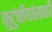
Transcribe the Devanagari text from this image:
कुटुंबीयांसाठी